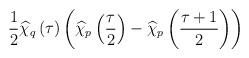
LaTeX: \begin{align*}\frac{1}{2}\widehat{\chi }_{q}\left( \tau \right) \left( \widehat{\chi }_{p}\left( \frac{\tau }{2}\right) -\widehat{\chi }_{p}\left( \frac{\tau +1}{2}\right) \right)\end{align*}